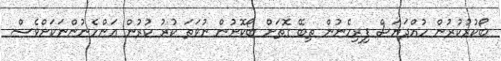
ބޯކުރުކުރުން ހުއްދަޔަސް ފިރިހެނުން ތިބޭ ގޮތަށް ބޯކޮށުން ނުވަތަ ކުރު ކުރުން އަންހެނުންނަކަށްވެސް